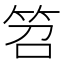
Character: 笤